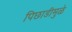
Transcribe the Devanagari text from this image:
पिछाडीमुळे